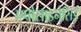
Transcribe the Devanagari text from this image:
एपोसाइनेसिई